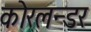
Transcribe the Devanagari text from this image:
कोरलन्डर